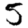
Digit: 5